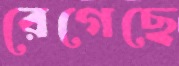
রেগেছে